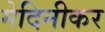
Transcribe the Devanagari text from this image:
मेदिनीकर